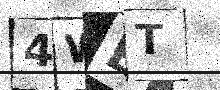
Text: 4WET